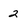
Character: 2